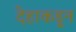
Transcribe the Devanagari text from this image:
देहाकडून